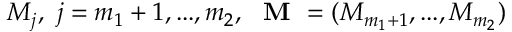
M _ { j } , \ j = m _ { 1 } + 1 , . . . , m _ { 2 } , \ \textbf { M } = ( M _ { m _ { 1 } + 1 } , . . . , M _ { m _ { 2 } } )